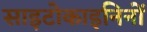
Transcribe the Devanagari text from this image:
साइटोकाइनिनों